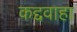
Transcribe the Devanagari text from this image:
कद्दवाहा